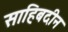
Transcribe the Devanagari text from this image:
साहिबदीन